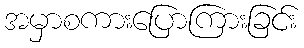
အမှာစကားပြောကြားခြင်း